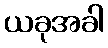
ယခုအခါ